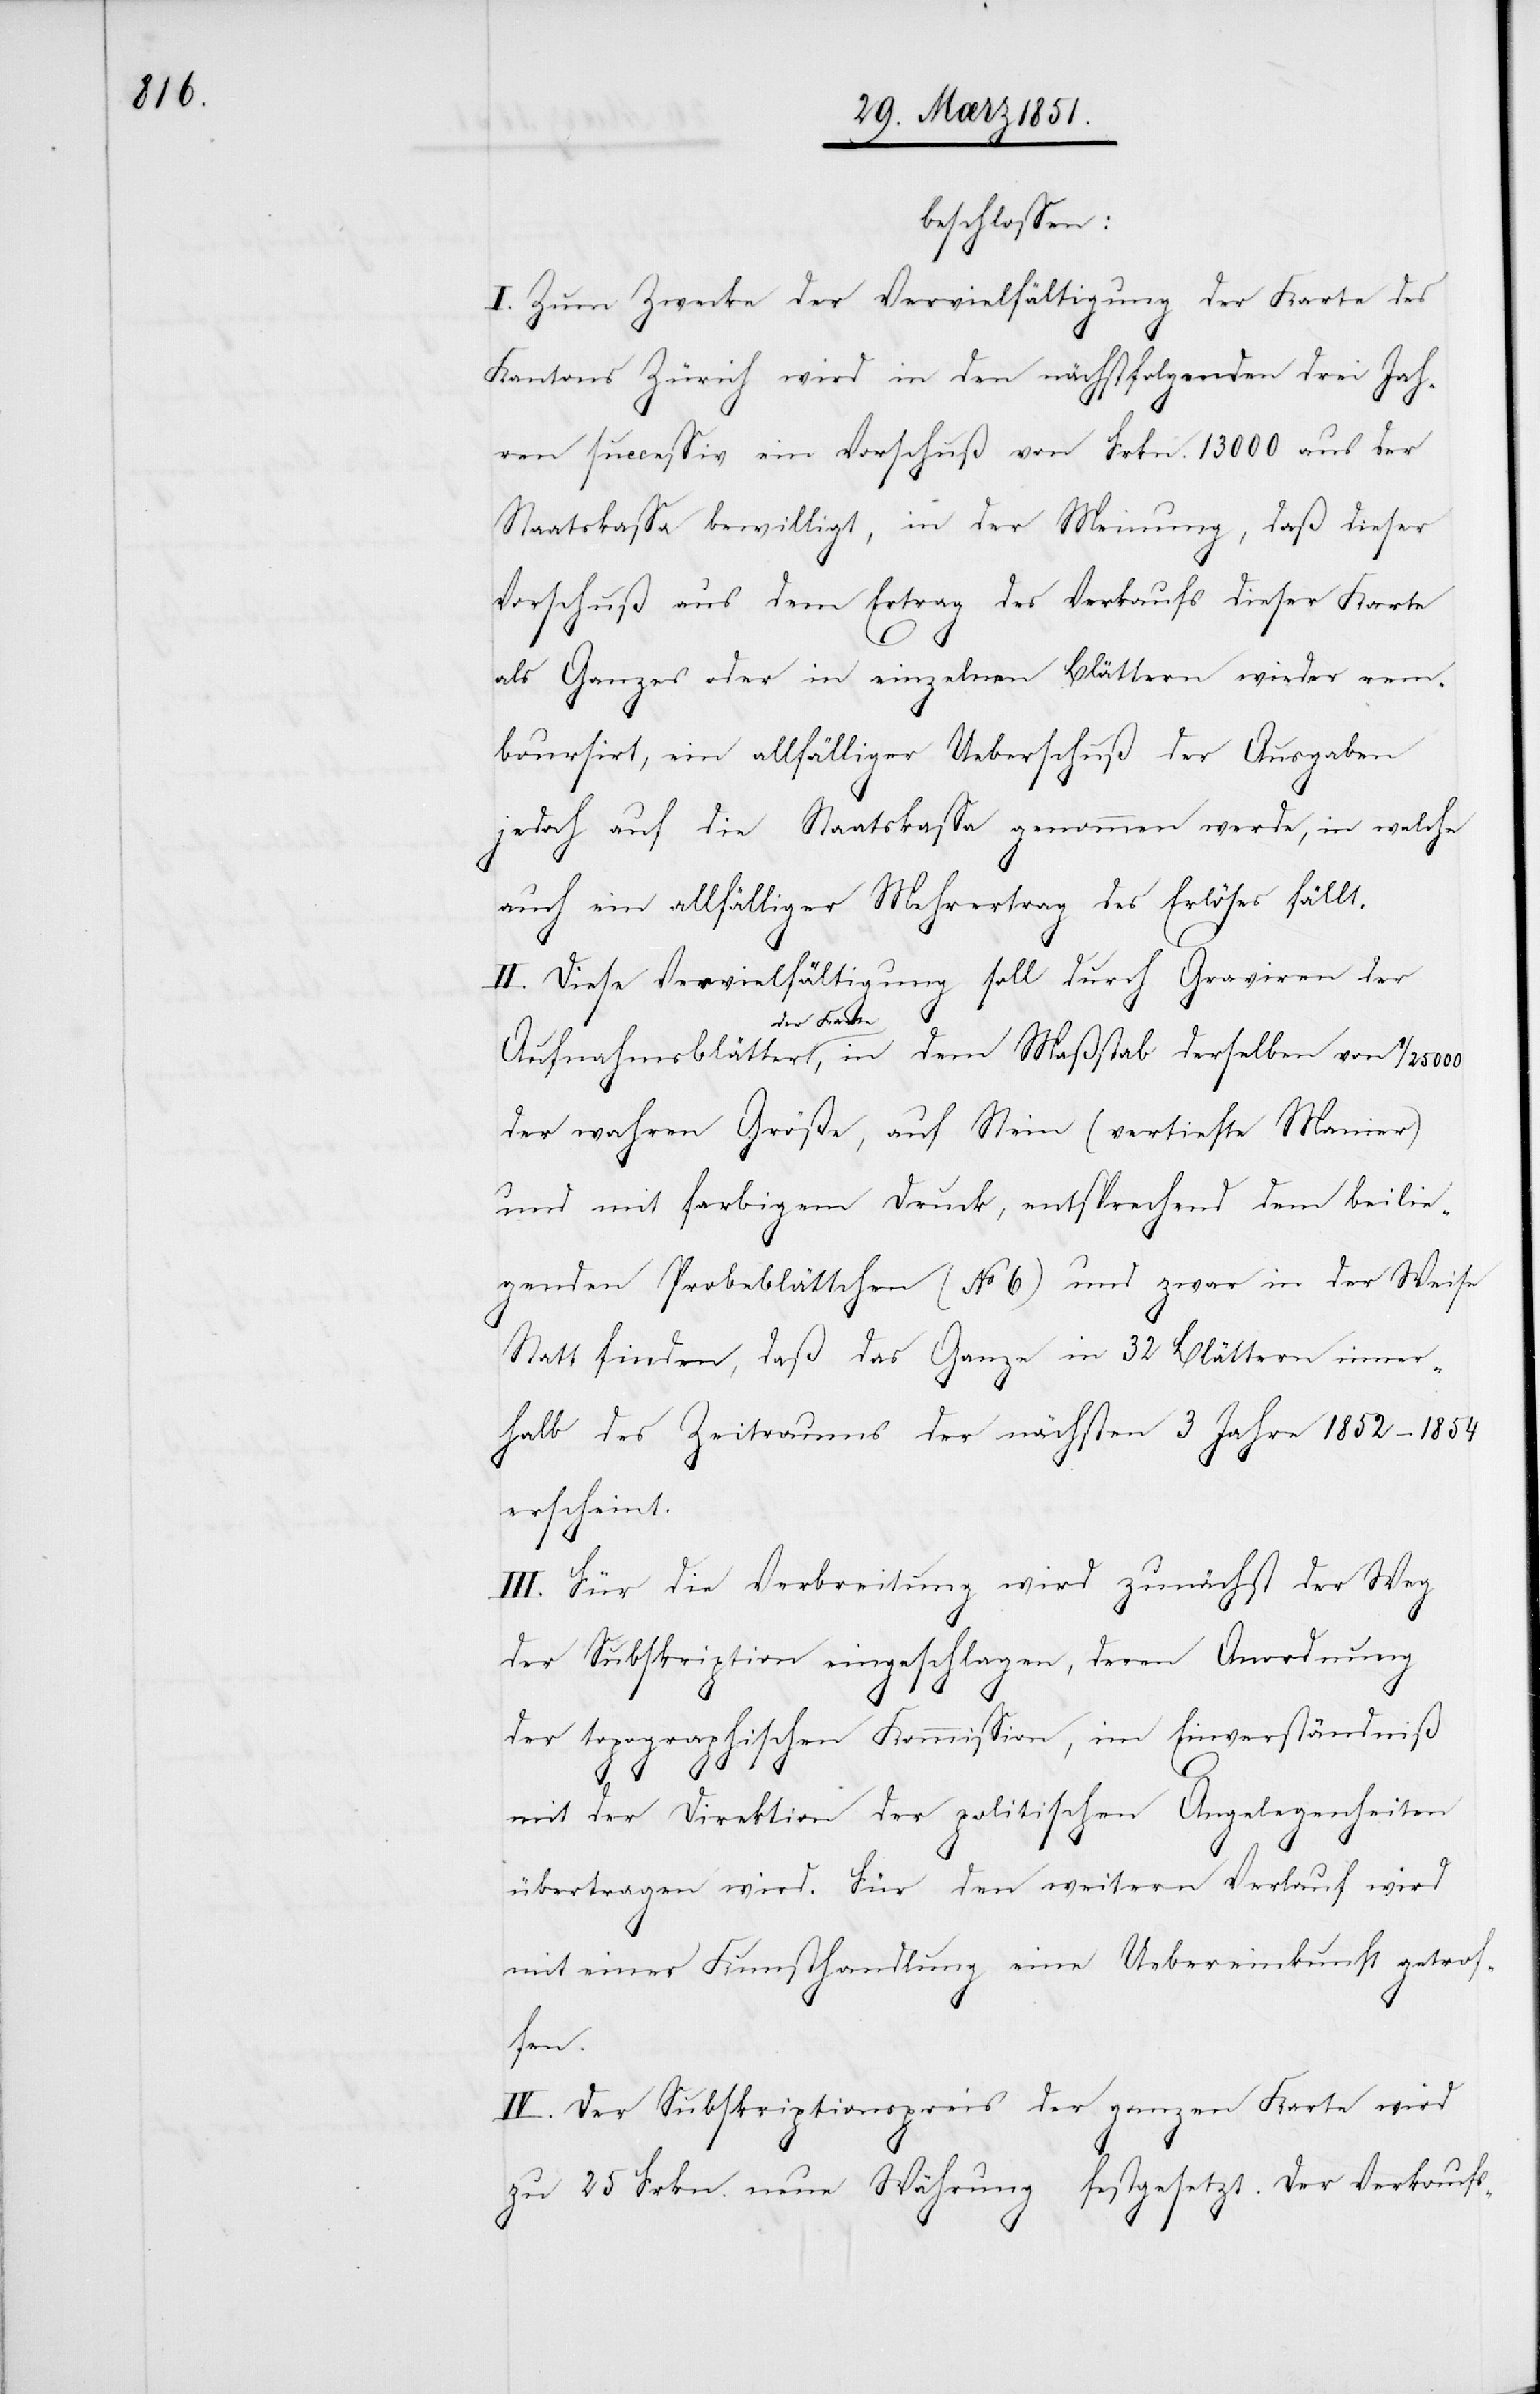
beschlossen:
I. Zum Zwecke der Vervielfältigung der Karte des
Kantons Zürich wird in den nächstfolgenden drei Jah¬
ren successiv ein Vorschuß von Frkn. 13000 aus der
Staatskassa bewilligt, in der Meinung, daß dieser
Vorschuß aus dem Ertrag des Verkaufs dieser Karte
als Ganzes oder in einzelnen Blättern wieder rem¬
boursirt, ein allfälliger Ueberschuß der Ausgaben
jedoch auf die Staatskassa genommen werde, in welche
auch ein allfälliger Mehrertrag des Erlöses fällt.
II. Diese Vervielfältigung soll durch Graviren der
Aufnahmsblätter der Karte, in dem Maßstab derselben von 1/25000
der wahren Größe, auf Stein (vertiefte Manier)
und mit farbigem Druck, entsprechend dem beilie¬
genden Probeblättchen (No 6) und zwar in der Weise
Statt finden, daß das ganze in 32 Blättern inner¬
halb des Zeitraums der nächsten 3 Jahre 1852–1854
erscheint.
III. Für die Verbreitung wird zunächst der Weg
der Subskription eingeschlagen, deren Anordnung
der topographischen Kommission, im Einverständniß
mit der Direktion der politischen Angelegenheiten
übertragen wird. Für den weitern Verlauf wird
mit einer Kunsthandlung eine Uebereinkunft getrof¬
fen.
IV. Der Subskriptionspreis der ganzen Karte wird
zu 25 Frkn. neue Währung festgesetzt. Der Verkaufs-